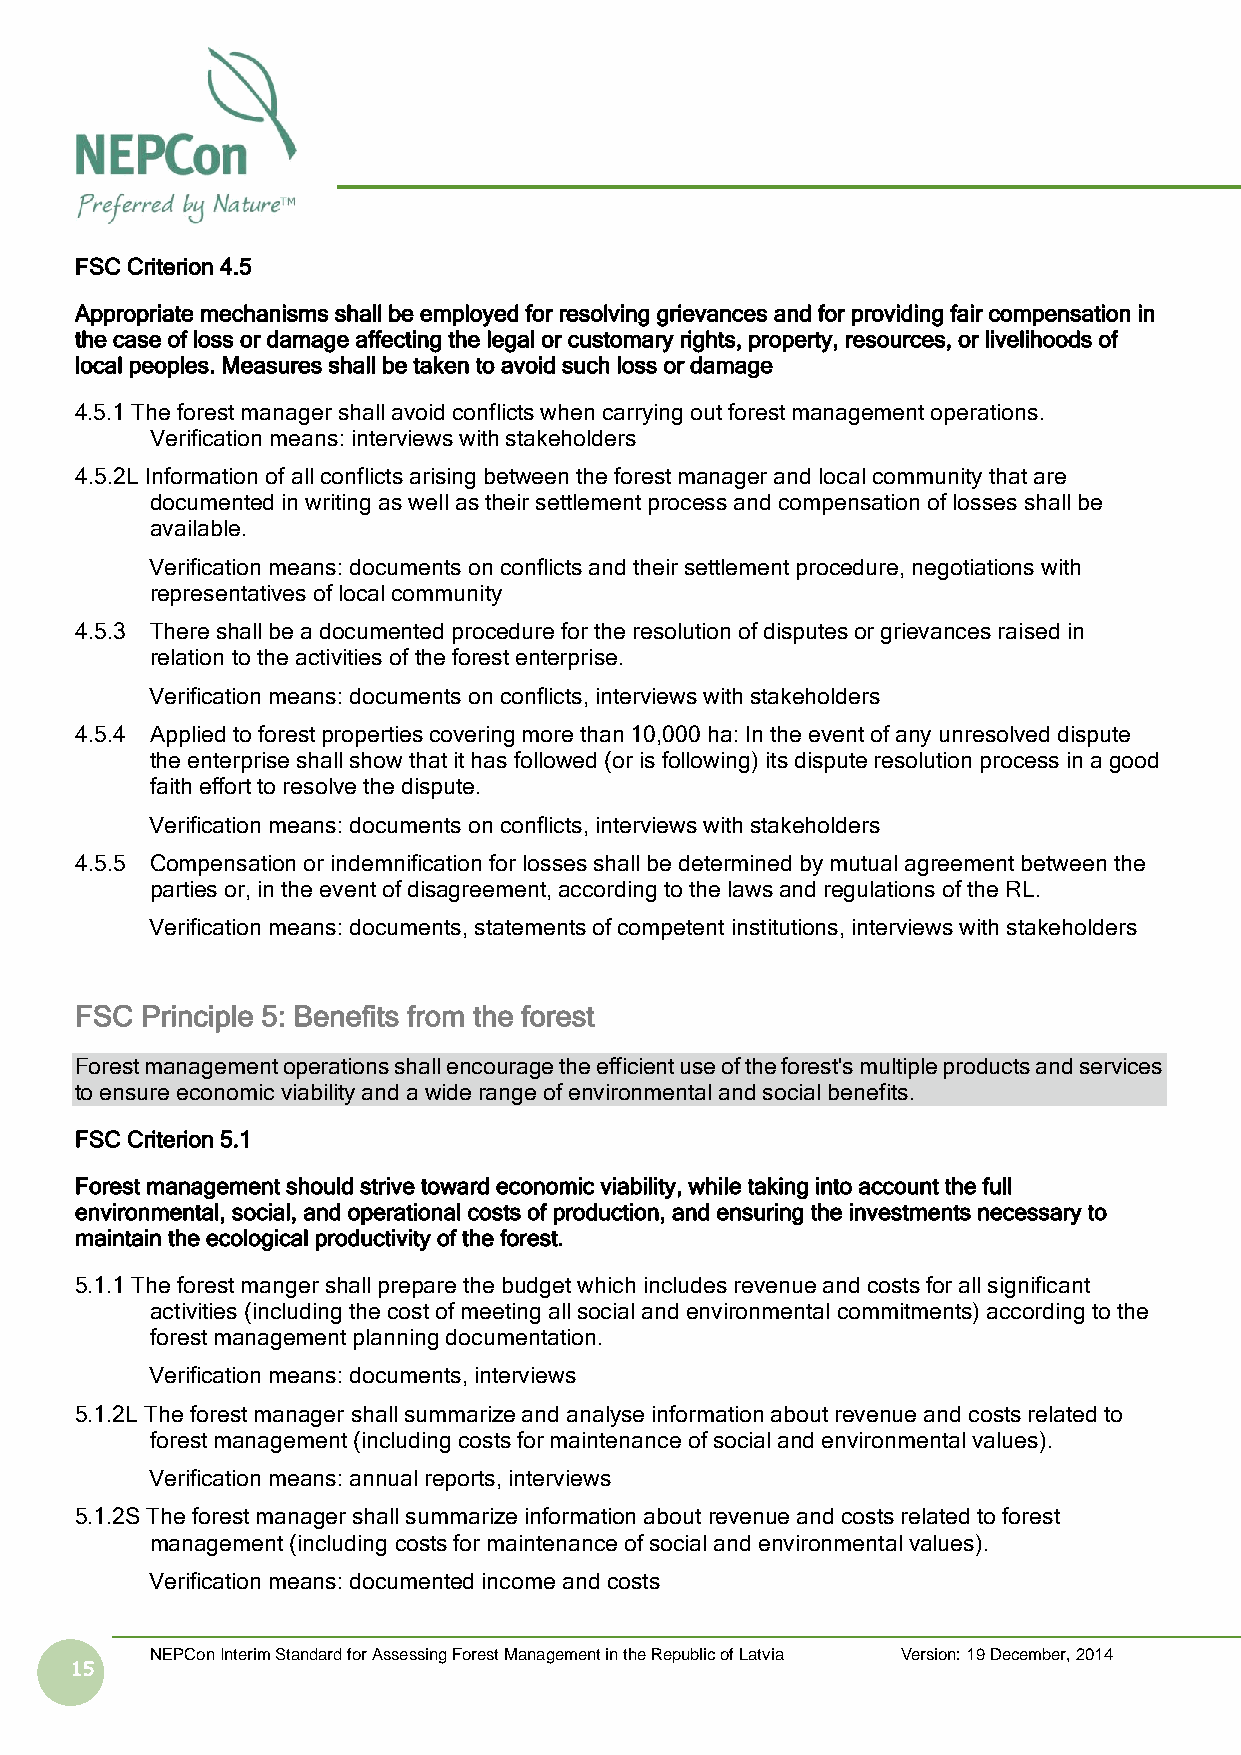
FSC Criterion 4.5
 Appropriate mechanisms shall be employed for resolving grievances and for providing fair compensation in
 the case of loss or damage affecting the legal or customary rights, property, resources, or livelihoods of
 local peoples. Measures shall be taken to avoid such loss or damage
 4.5.1 The forest manager shall avoid conflicts when carrying out forest management operations.
 Verification means: interviews with stakeholders
 4.5.2L Information of all conflicts arising between the forest manager and local community that are
 documented in writing as well as their settlement process and compensation of losses shall be
 available.
 Verification means: documents on conflicts and their settlement procedure, negotiations with
 representatives of local community
 4.5.3 There shall be a documented procedure for the resolution of disputes or grievances raised in
 relation to the activities of the forest enterprise.
 Verification means: documents on conflicts, interviews with stakeholders
 4.5.4 Applied to forest properties covering more than 10,000 ha: In the event of any unresolved dispute
 the enterprise shall show that it has followed (or is following) its dispute resolution process in a good
 faith effort to resolve the dispute.
 Verification means: documents on conflicts, interviews with stakeholders
 4.5.5 Compensation or indemnification for losses shall be determined by mutual agreement between the
 parties or, in the event of disagreement, according to the laws and regulations of the RL.
 Verification means: documents, statements of competent institutions, interviews with stakeholders
 FSC Principle 5: Benefits from the forest
 Forest management operations shall encourage the efficient use of the forest's multiple products and services
 to ensure economic viability and a wide range of environmental and social benefits.
 FSC Criterion 5.1
 Forest management should strive toward economic viability, while taking into account the full
 environmental, social, and operational costs of production, and ensuring the investments necessary to
 maintain the ecological productivity of the forest.
 5.1.1 The forest manger shall prepare the budget which includes revenue and costs for all significant
 activities (including the cost of meeting all social and environmental commitments) according to the
 forest management planning documentation.
 Verification means: documents, interviews
 5.1.2L The forest manager shall summarize and analyse information about revenue and costs related to
 forest management (including costs for maintenance of social and environmental values).
 Verification means: annual reports, interviews
 5.1.2S The forest manager shall summarize information about revenue and costs related to forest
 management (including costs for maintenance of social and environmental values).
 Verification means: documented income and costs
 NEPCon Interim Standard for Assessing Forest Management in the Republic of Latvia Version: 19 December, 2014
 15